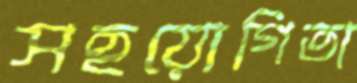
সহয়োগিতা